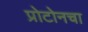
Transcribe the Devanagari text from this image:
प्रोटोनचा